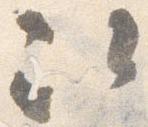
次